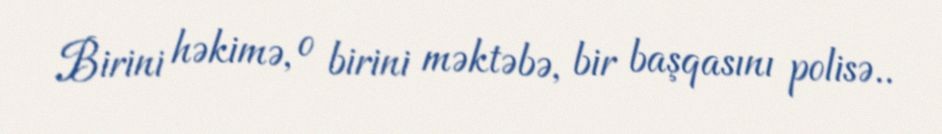
Birini həkimə, o birini məktəbə, bir başqasını polisə..